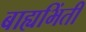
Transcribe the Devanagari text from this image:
बाह्यभिंती